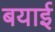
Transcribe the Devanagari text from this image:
बयाई